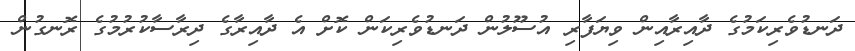
ދަނޑުވެރިކަމުގެ ދާއިރާއިން ވިޔަފާރި އުސޫލުން ދަނޑުވެރިކަން ކޮށް އެ ދާއިރާގެ ދިރާސާކުރުމުގެ ރޮނގުން